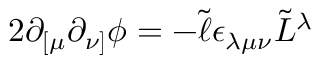
2 \partial _ { [ \mu } \partial _ { \nu ] } \phi = - \tilde { \ell } \epsilon _ { \lambda \mu \nu } \tilde { L } ^ { \lambda }